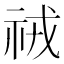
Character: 𮁱